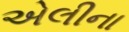
એલીના